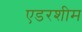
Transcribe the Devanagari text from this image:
एडरशीम